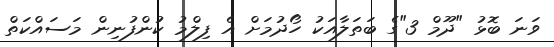
ވަނަ ބޮޅު "ދޫމް 3"ގެ ބަތަލާއަކު ހޯދުމަށް އެ ފިލްމު ކުންފުނިން މަސައްކަތް